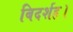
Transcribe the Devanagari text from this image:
बिदर्शह।